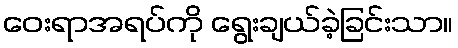
ဝေးရာအရပ်ကို ရွေးချယ်ခဲ့ခြင်းသာ။